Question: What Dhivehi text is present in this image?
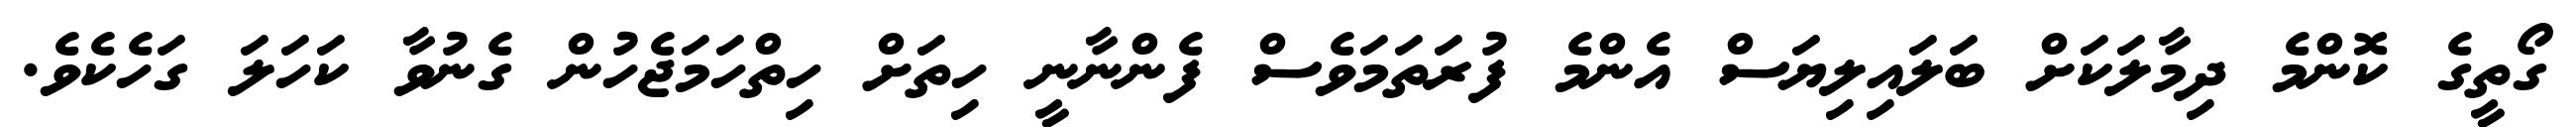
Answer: ގޯތީގެ ކޮންމެ ދިމާލަކަށް ބަލައިލިޔަސް އެންމެ ފުރަތަމަވެސް ފެންނާނީ ހިތަށް ހިތްހަމަޖެހުން ގެނުވާ ކަހަލަ ގަހެކެވެ.